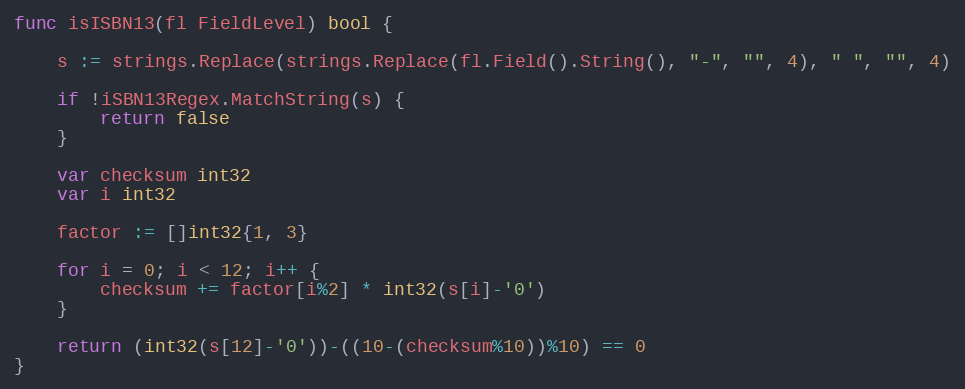
Language: Go
func isISBN13(fl FieldLevel) bool {

	s := strings.Replace(strings.Replace(fl.Field().String(), "-", "", 4), " ", "", 4)

	if !iSBN13Regex.MatchString(s) {
		return false
	}

	var checksum int32
	var i int32

	factor := []int32{1, 3}

	for i = 0; i < 12; i++ {
		checksum += factor[i%2] * int32(s[i]-'0')
	}

	return (int32(s[12]-'0'))-((10-(checksum%10))%10) == 0
}